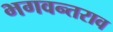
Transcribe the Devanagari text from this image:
भगवन्तराव